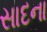
સાદના